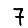
Digit: 7